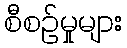
စီစဉ်မှုများ